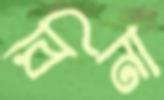
রিনা